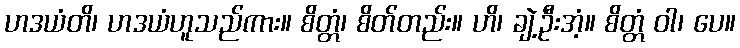
ဟဒယံတိ၊ ဟဒယံဟူသည်ကား။ စိတ္တံ၊ စိတ်တည်း။ ဟိ၊ ချဲ့ဦးအံ့။ စိတ္တံ ဝါ၊ ပေ။